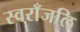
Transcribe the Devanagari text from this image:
स्वराँजलि